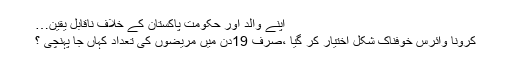
اپنے والد اور حکومت پاکستان کے خلاف ناقابل یقین…
کرونا وائرس خوفناک شکل اختیار کر گیا ،صرف 19دن میں مریضوں کی تعداد کہاں جا پہنچی ؟